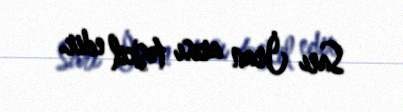
Sarı İran arısı təşkil edir.